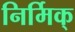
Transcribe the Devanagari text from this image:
निर्मिक्